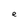
Character: e